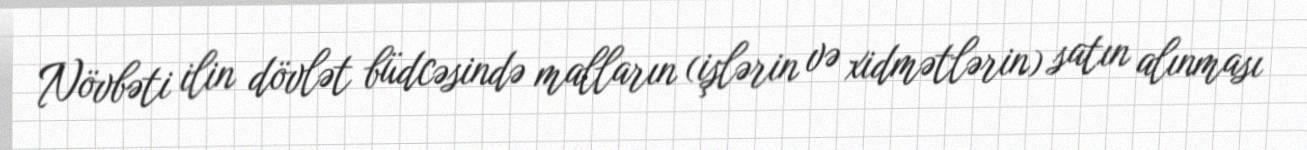
Növbəti ilin dövlət büdcəsində malların (işlərin və xidmətlərin) satın alınması